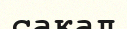
сақал